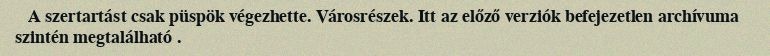
A szertartást csak püspök végezhette. Városrészek. Itt az előző verziók befejezetlen archívuma szintén megtalálható .